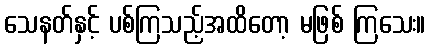
သေနတ်နှင့် ပစ်ကြသည့်အထိတော့ မဖြစ် ကြသေး။